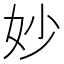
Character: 妙